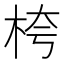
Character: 桍